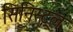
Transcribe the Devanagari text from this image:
सिनिस्ट्रल